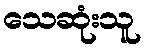
သေဆုံးသူ